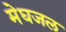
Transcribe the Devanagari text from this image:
मेघजल